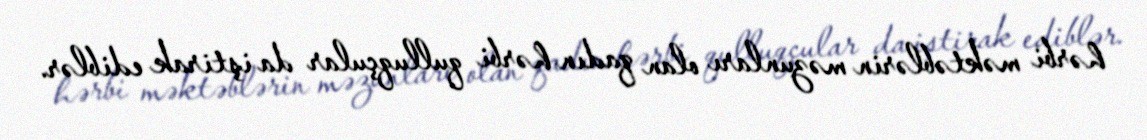
hərbi məktəblərin məzunları olan qadın hərbi qulluqçular da iştirak ediblər.